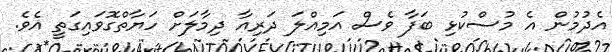
އެދުމުން އެ މުސްކުޅި ބަފާ ވެސް އަމިއްލަ ދަރިއާ ދިމާލަށް ހަޔާތްގޮވައިގަތީ އެވެ.